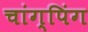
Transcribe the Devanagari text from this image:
चांग्पिंग